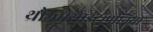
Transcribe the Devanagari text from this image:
थ्रोम्बोसाइटोंपीनिया